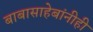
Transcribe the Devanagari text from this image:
बाबासाहेबांनीही